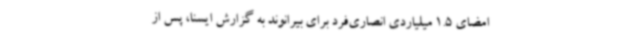
امضای 1.5 میلیاردی انصاری‌فرد برای بیرانوند به گزارش ایسنا، پس از